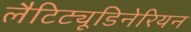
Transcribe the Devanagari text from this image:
लैटिट्यूडिनेरियन